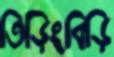
তিড়িংবিড়ি